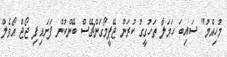
މުހިއްމު" ސައިބަ ހަމަލާ ތަހުގީގު ކުރަން ޖޭޕީމޯގަންޗޭސް ބޭންކުން ފަށައިފި ޖޯޖް އޯވެލް